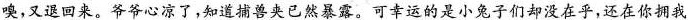
嗅，又退回来。爷爷心凉了，知道捕兽夹已然暴露。可幸运的是小兔子们却没在乎，还在你拥我